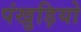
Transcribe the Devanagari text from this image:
पंखुड़ियो